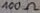
Text: 100Ω